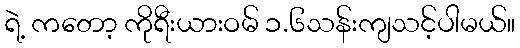
ရဲ့ ကတော့ ကိုရီးယားဝမ် ၁.၆သန်းကျသင့်ပါမယ်။